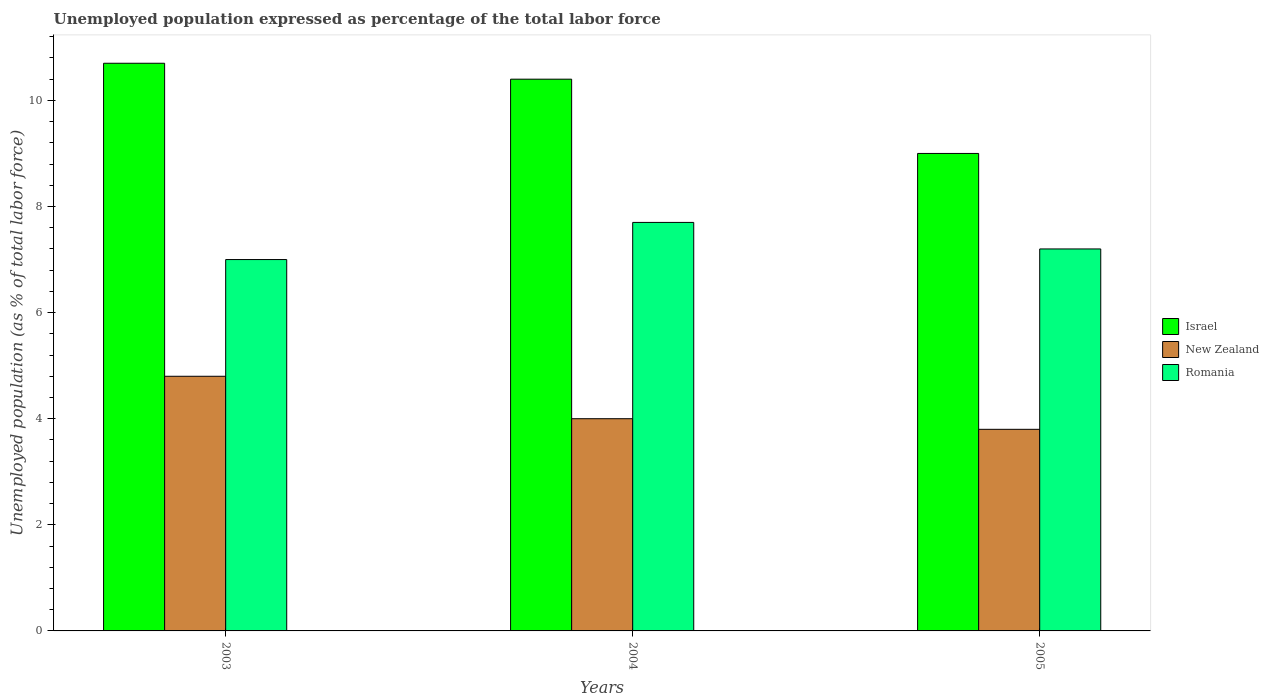
| Years | Israel | New Zealand | Romania |
 | --- | --- | --- | --- |
 | 2003 | 10.7 | 4.8 | 7 |
 | 2004 | 10.4 | 4 | 7.7 |
 | 2005 | 9 | 3.8 | 7.2 |